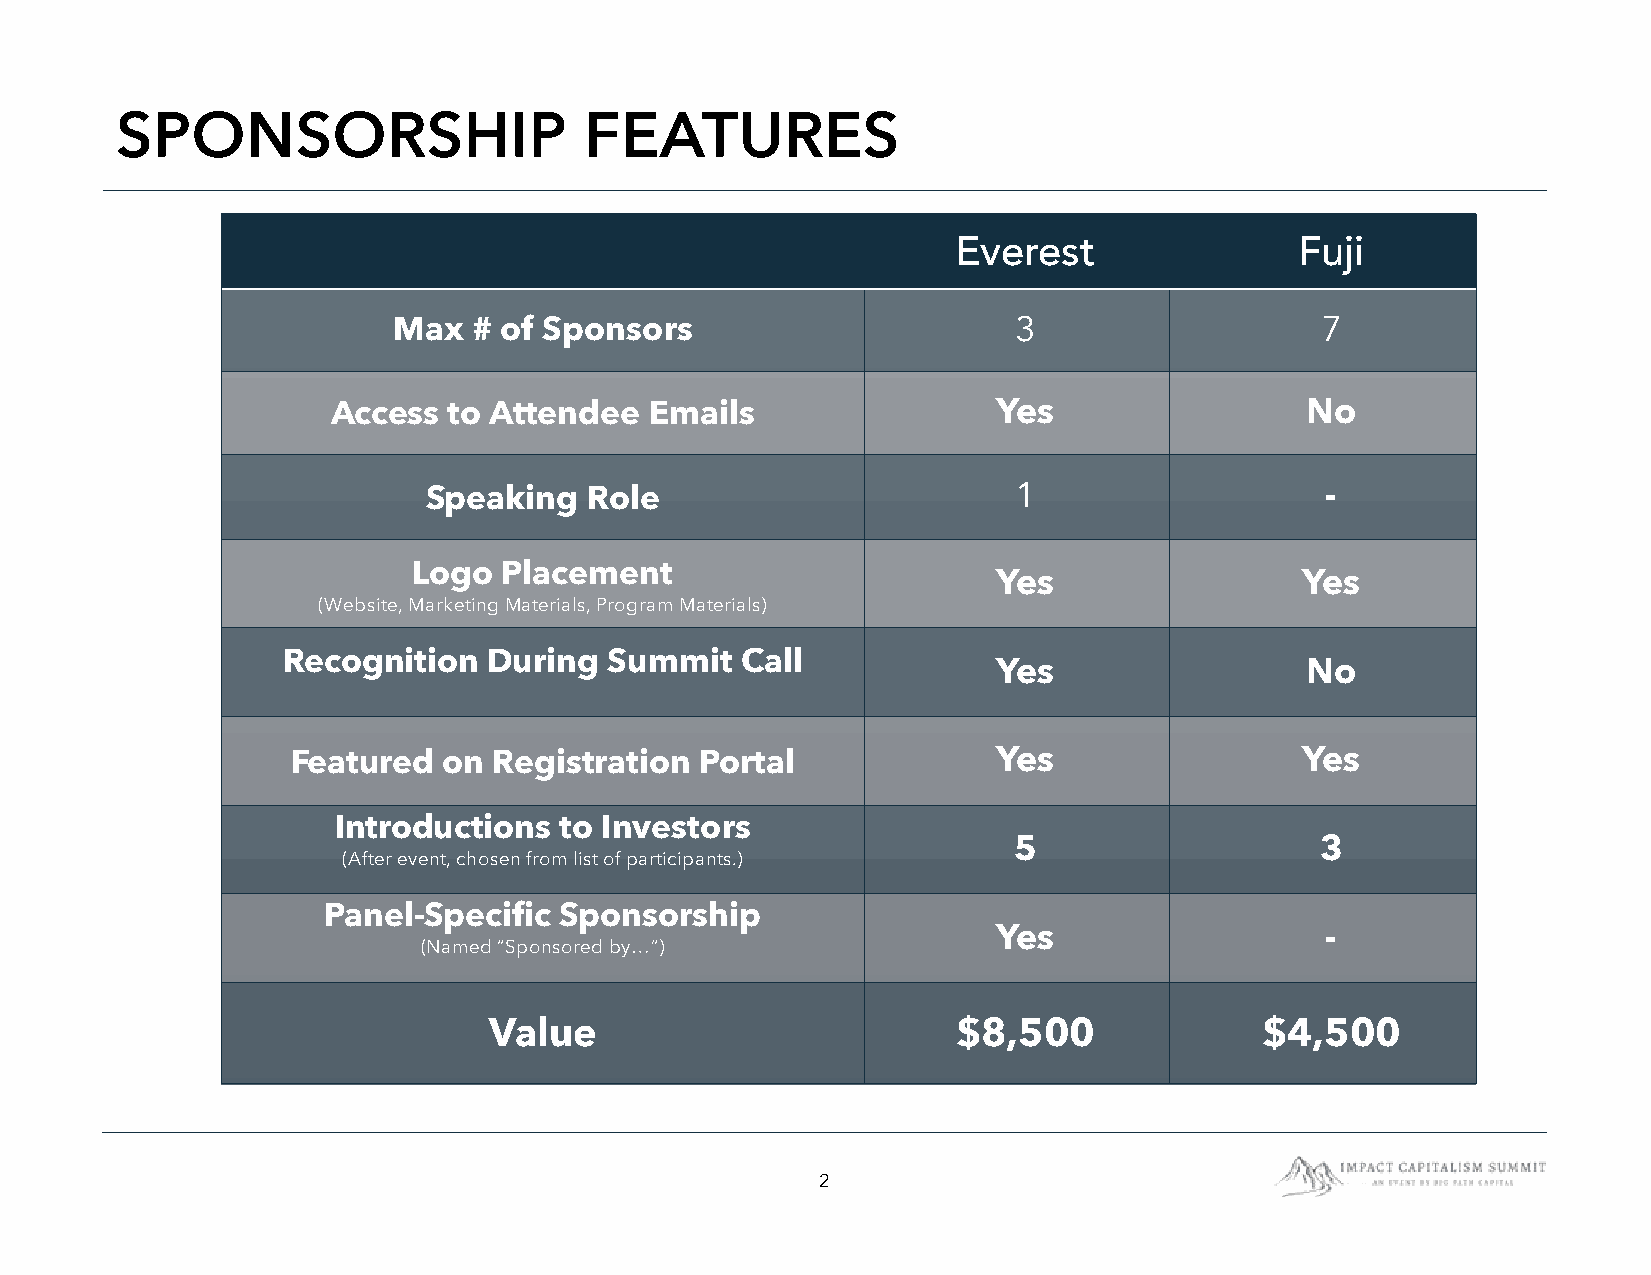
SPONSORSHIP                    FEATURES
 Everest                Fuji
 Max  # of Sponsors                       3                   7
 Access  to Attendee  Emails                 Yes                 No
 Speaking   Role                        1                    -
 Logo  Placement
 Yes                 Yes
 (Website, Marketing Materials, Program Materials)
 Recognition  During  Summit   Call
 Yes                 No
 Featured  on  Registration Portal              Yes                 Yes
 Introductions  to Investors
 5                   3
 (After event, chosen from list of participants.)
 Panel-Specific  Sponsorship
 Yes                   -
 (Named “Sponsored by…”)
 Value                          $8,500              $4,500
 2